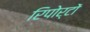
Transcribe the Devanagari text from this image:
रिपोर्टाें